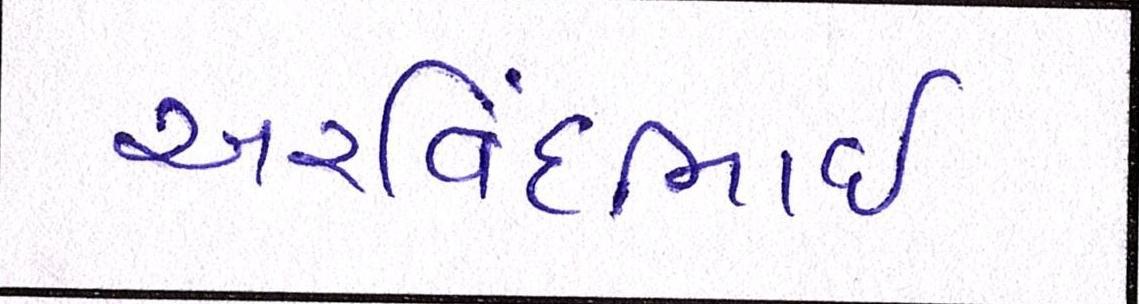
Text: અરવિંદભાઇ